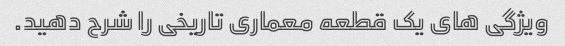
ویژگی های یک قطعه معماری تاریخی را شرح دهید.